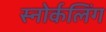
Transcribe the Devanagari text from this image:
स्‍नोर्कलिंग